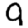
Digit: 9